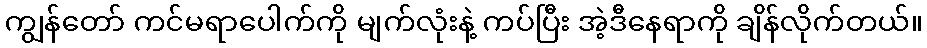
ကျွန်တော် ကင်မရာပေါက်ကို မျက်လုံးနဲ့ ကပ်ပြီး အဲ့ဒီနေရာကို ချိန်လိုက်တယ်။